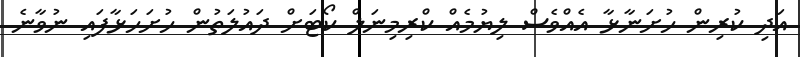
އަދި ކުރިން ހުށަނާޅާ އެއްވެސް ލިޔުމެއް ކްރިމިނަލް ކޯޓަށް ދައުލަތުން ހުށަހަޅާފައި ނުވާނެ